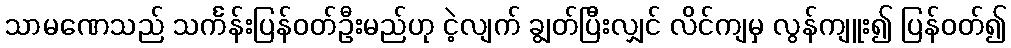
သာမဏေသည် သင်္ကန်းပြန်ဝတ်ဦးမည်ဟု ငဲ့လျက် ချွတ်ပြီးလျှင် လိင်ကျမှ လွန်ကျူး၍ ပြန်ဝတ်၍